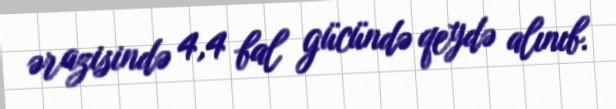
ərazisində 4,4 bal gücündə qeydə alınıb.